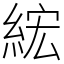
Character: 綋